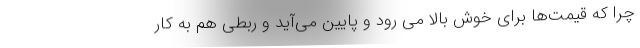
چرا که قیمت‌ها برای خوش بالا می رود و پایین می‌آید و ربطی هم به کار